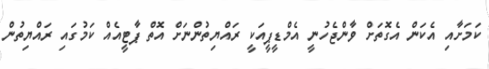
ކަމަށާއި އެކަން އެގޮތަށް ވާންޖެހުނީ އެމްޑީޕީއަކީ ރައްޔިތުންނަށް އޮތް ޕާޓީއެއް ކަމުގައި ރައްޔިތުން